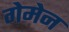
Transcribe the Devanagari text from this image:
गेमेन